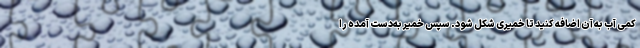
کمی آب به آن اضافه کنید تا خمیری شکل شود. سپس خمیر به‌دست آمده را